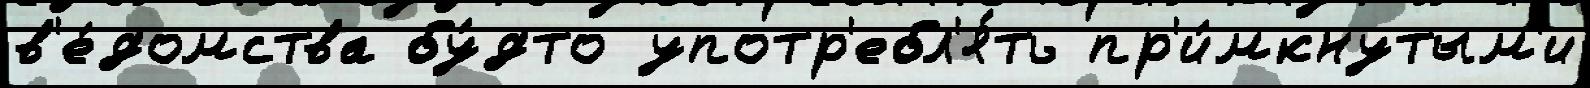
в'е́домства бу́дто употр'ебл'я́ть пр'и́мкнутым'и